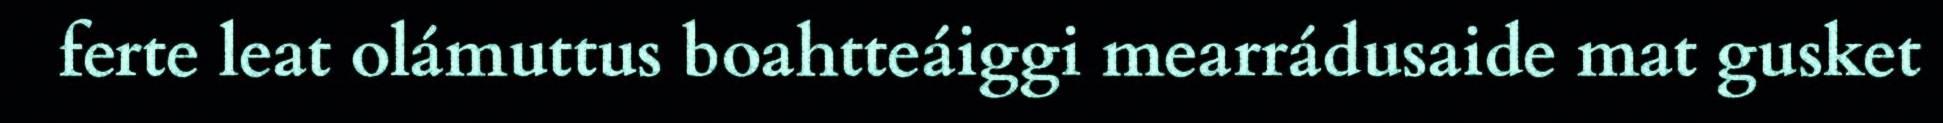
ferte leat olámuttus boahtteáiggi mearrádusaide mat gusket